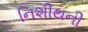
નિશીથની